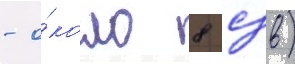
- о́коло 8 сзв)